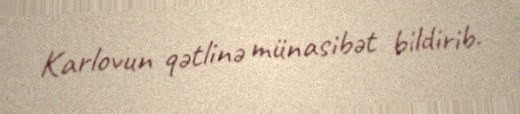
Karlovun qətlinə münasibət bildirib.